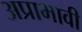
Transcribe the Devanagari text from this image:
अप्राभावी